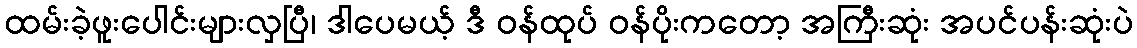
ထမ်းခဲ့ဖူးပေါင်းများလှပြီ၊ ဒါပေမယ့် ဒီ ဝန်ထုပ် ဝန်ပိုးကတော့ အကြီးဆုံး အပင်ပန်းဆုံးပဲ